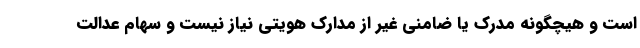
است و هیچگونه مدرک یا ضامنی غیر از مدارک هویتی نیاز نیست و سهام عدالت